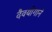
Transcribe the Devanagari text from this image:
दैवयोगाने